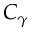
C _ { \gamma }